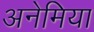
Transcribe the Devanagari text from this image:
अनेमिया